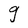
Character: g